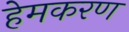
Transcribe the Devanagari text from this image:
हेमकरण